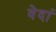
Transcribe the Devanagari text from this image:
वेदां